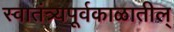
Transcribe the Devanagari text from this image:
स्वातंत्र्यपूर्वकाळातील्